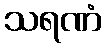
သရဏံ